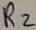
Text: R2